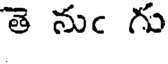
తె నుఁ గు